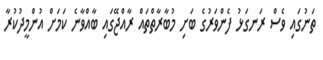
ތަނުގައި ވެސް ރަނގަޅު ފެންވަރުގެ ބަށި މުބާރާތްތައް ރާއްޖޭގައި ބާއްވާނެ ކަމަށް އުންމީދުކުރާ